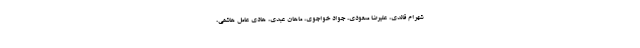
شهرام قائدی، علیرضا مسعودی، جواد خواجوی، ماهان عبدی، هادی عامل هاشمی،